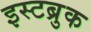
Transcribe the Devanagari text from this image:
इस्टब्रुक